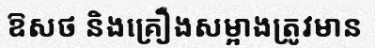
ឱសថ និងគ្រឿងសម្អាងត្រូវមាន